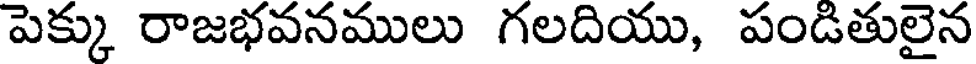
పెక్కు రాజభవనములు గలదియు, పండితులైన